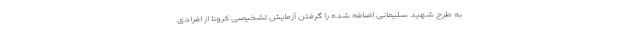
به طرح شهید سلیمانی اضافه شده را گرفتن آزمایش تشخیصی کرونا از افرادی